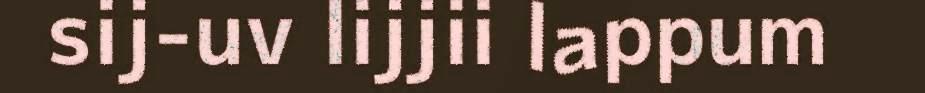
sij-uv lijjii lappum